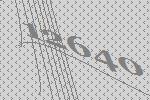
12640